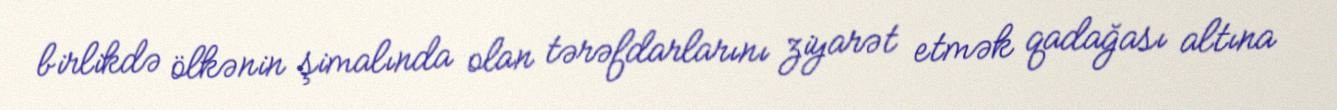
birlikdə ölkənin şimalında olan tərəfdarlarını ziyarət etmək qadağası altına